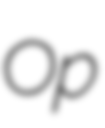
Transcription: Op